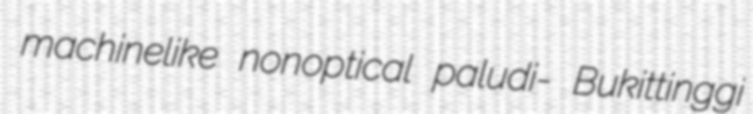
machinelike nonoptical paludi- Bukittinggi